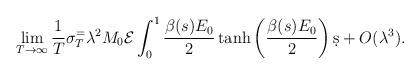
LaTeX: \begin{align*}\lim_{T\to\infty}\frac{1}{T}\sigma_{T}^ = \lambda^2 M_0\mathcal{E}\int_0^1 \frac{\beta(s) E_0}{2} \tanh \left( \frac{\beta(s) E_0}{2} \right)\d s + O(\lambda^3). \end{align*}